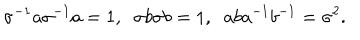
LaTeX: \sigma ^ { - 1 } a \sigma ^ { - 1 } a = 1 , \; \; \sigma b \sigma b = 1 , \; \; a b a ^ { - 1 } b ^ { - 1 } = \sigma ^ { 2 } .